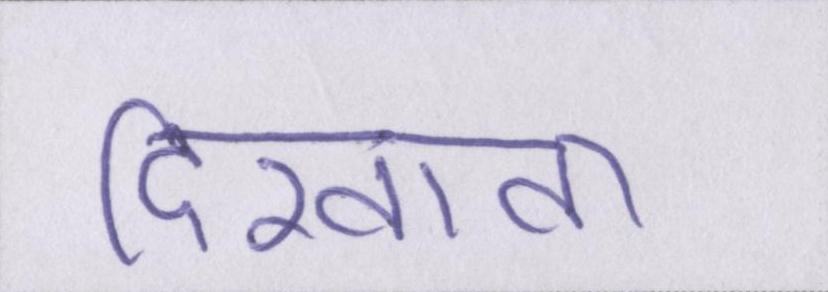
दिखावा